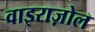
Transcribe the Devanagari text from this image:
वाइराज़ोल